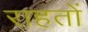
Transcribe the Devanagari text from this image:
राहतों